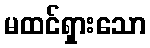
မထင်ရှားသော